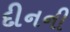
દીનની